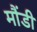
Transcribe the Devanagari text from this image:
मौंडी